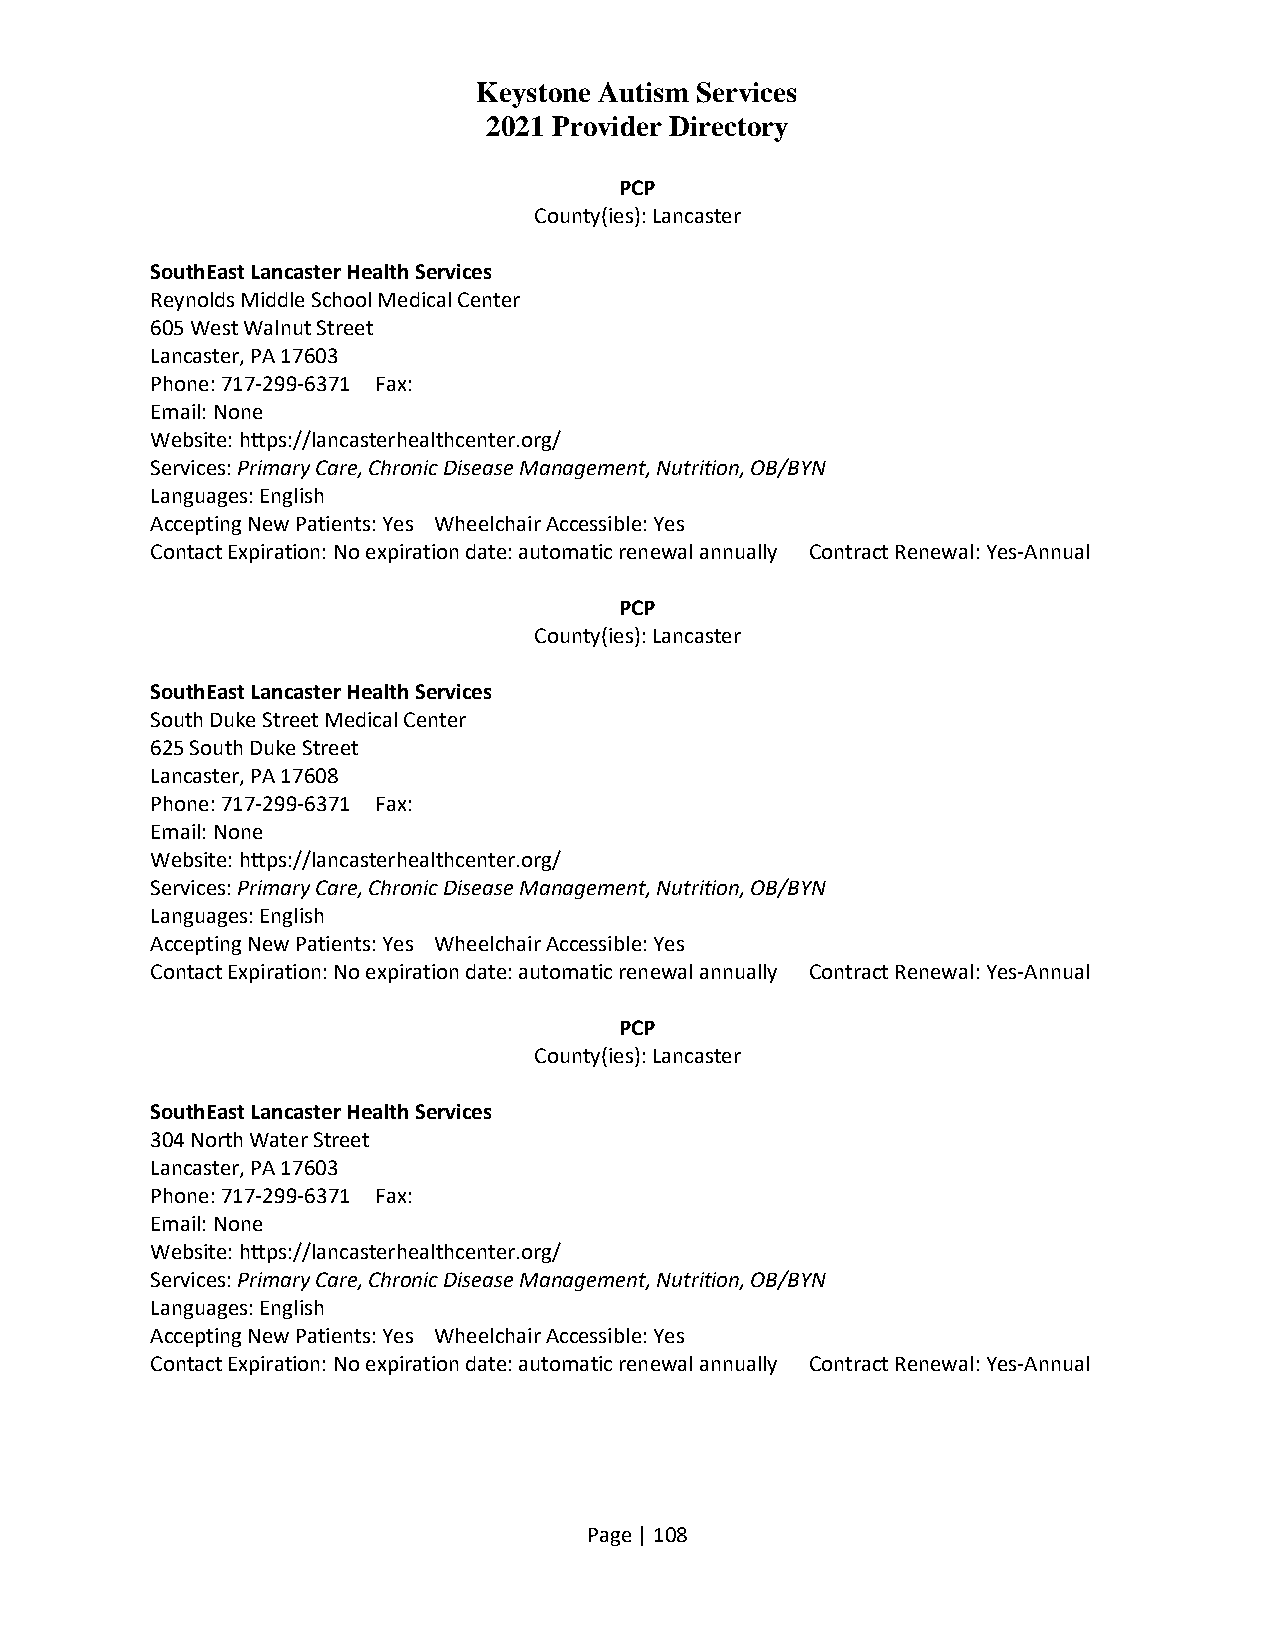
Keystone Autism Services
 2021 Provider Directory
 PCP
 County(ies): Lancaster
 SouthEast Lancaster Health Services
 Reynolds Middle School Medical Center
 605 West Walnut Street
 Lancaster, PA 17603
 Phone: 717-299-6371 Fax:
 Email: None
 Website: https://lancasterhealthcenter.org/
 Services: Primary Care, Chronic Disease Management, Nutrition, OB/BYN
 Languages: English
 Accepting New Patients: Yes Wheelchair Accessible: Yes
 Contact Expiration: No expiration date: automatic renewal annually Contract Renewal: Yes-Annual
 PCP
 County(ies): Lancaster
 SouthEast Lancaster Health Services
 South Duke Street Medical Center
 625 South Duke Street
 Lancaster, PA 17608
 Phone: 717-299-6371 Fax:
 Email: None
 Website: https://lancasterhealthcenter.org/
 Services: Primary Care, Chronic Disease Management, Nutrition, OB/BYN
 Languages: English
 Accepting New Patients: Yes Wheelchair Accessible: Yes
 Contact Expiration: No expiration date: automatic renewal annually Contract Renewal: Yes-Annual
 PCP
 County(ies): Lancaster
 SouthEast Lancaster Health Services
 304 North Water Street
 Lancaster, PA 17603
 Phone: 717-299-6371 Fax:
 Email: None
 Website: https://lancasterhealthcenter.org/
 Services: Primary Care, Chronic Disease Management, Nutrition, OB/BYN
 Languages: English
 Accepting New Patients: Yes Wheelchair Accessible: Yes
 Contact Expiration: No expiration date: automatic renewal annually Contract Renewal: Yes-Annual
 Page | 108